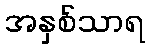
အနှစ်သာရ